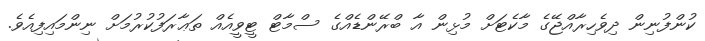
ކުންފުނިން ދިވެހިރާއްޖޭގެ މާކެޓަށް މުޅިން އާ ބްރޭންޑެއްގެ ސްމާޓް ޓީވީއެއް ތަޢާރަފުކުރުމަށް ނިންމައިފިއެވެ.